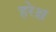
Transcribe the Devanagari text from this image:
हरेश्च